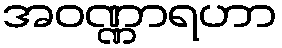
အဝဏ္ဏာရဟာ